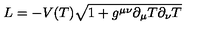
L = - V ( T ) \sqrt { 1 + g ^ { \mu \nu } \partial _ { \mu } T \partial _ { \nu } T }